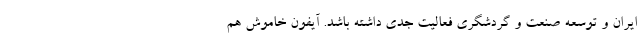
ایران و توسعه صنعت و گردشگری فعالیت جدی داشته باشد. آیفون خاموش هم